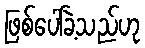
ဖြစ်ပေါ်ခဲ့သည်ဟု